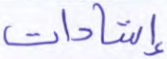
إشادات